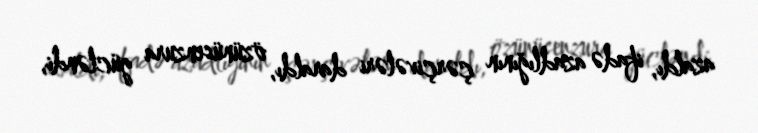
azaldı, ifadə azadlığının çərçivələri daraldı, özünüsenzura gücləndi,